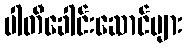
ပါတီခေါင်းဆောင်များ